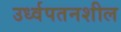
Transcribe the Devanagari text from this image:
उर्ध्वपतनशील